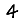
Digit: 4